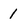
Character: 1